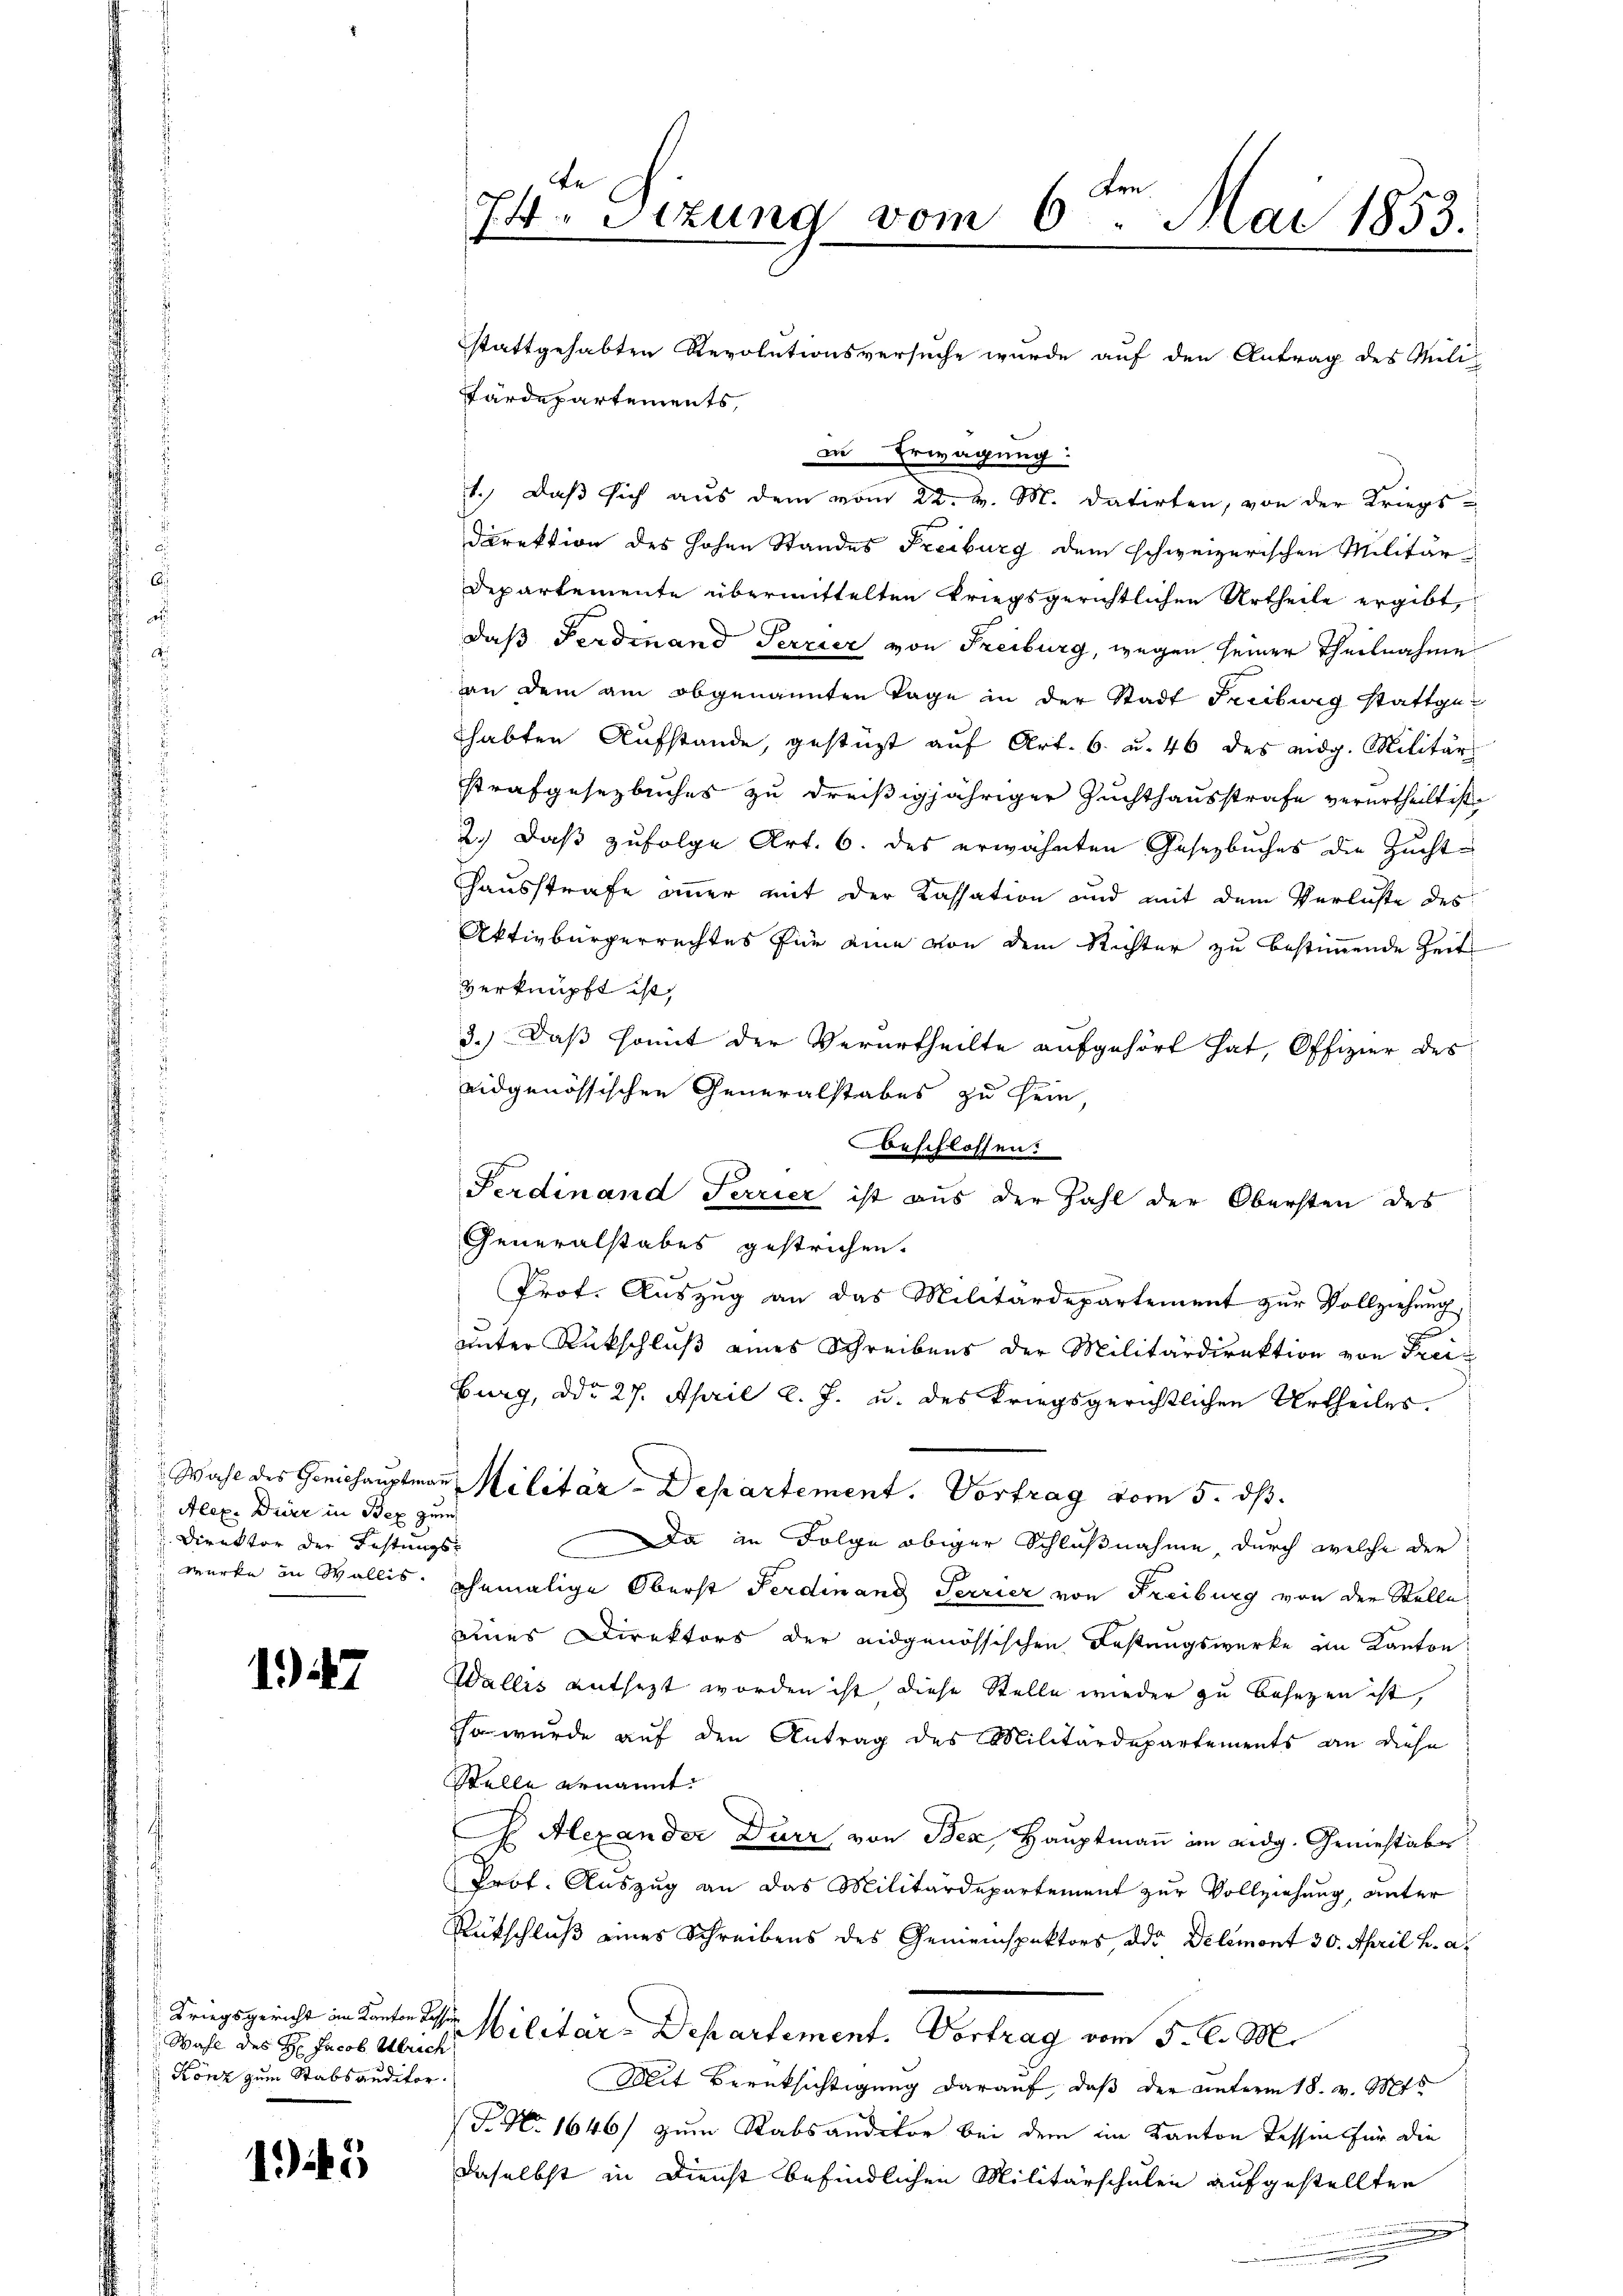
Alex. Dieer in Bex zum
Direktor der Festungs¬

147

Wahl des H: Jacob Ulrich
Könz zum Stabsauditor.

145

te
s
74. Sitzung vom 6. Mai 1853.

stattgehabten Revolutionsversuche wurde auf den Antrag des Mili-
Färdepartements,
in Erwägung:
1.) Daß sich aus dem vom 22. v. M. datirten, von der Kriegs¬
Direktion des hohen Standes Freiburg dem schweizerischen Militär
Departemente übermittelten kriegsgerichtlichen Urtheile ergibt,
daß Ferdinand Terrier von Freiburg, wegen seiner Theilnahme
an dem am obgenannten Tage in der Stadt Freiburg stattgehabten Aufstande, gestüzt auf Art. 6. u. 46 des eidg. Militär
strafgesetzbuches zu dreißigjähriger Zuchthausstrafe verurtheilt ist
2.) Daß zufolge Art. 6. des erwähnten Gesetzbuches die Zucht¬
Hausstrafe immer mit der Kassation und mit dem Verluste des
Aktivbürgerrechtes für eine von dem Richter zu bestimmende Zeit
verknüpft ist,
3.) Daß somit der Verurtheilte aufgehört hat, Offizier des
eidgenössischen Generalstabes zu sein,
beschlossen:
Ferdinand Terrier ist aus der Zahl der Obersten des
Generalstabes gestrichen.
Prof. Auszug an das Militärdepartement zur Vollziehung,
p
unter Rückschluß eines Schreibens der Militärdirektion von Freiburg, ddo 27. April l. J. u. des kriegsgerichtlichen Urtheiles.
Wahl des Gerichaŭptmaṅ Militär-Departement. Vortrag vom 5. dβ.
Da in Folge obiger Schlußnahme, durch welche der
werke in Wallis, ehemalige Oberst Ferdinand Terrier von Freiburg von der Stelle
eines Direktors der eidgenössischen Festungswerke im Kanton
Wallis entsezt worden ist, diese Stelle wieder zu besezen ist,
Er wurde auf den Antrag des Militärdepartements an diese
Stelle genannt.
 Alexander Dürr von Bex, Hauptmann im eidg. Geniestaber
Prof. Auszug an das Militärdepartement zur Vollziehung, unter
Rückschluß eines Schreibens des Gemeinspektors, oder Delemont 30. April h. a.
Kriegsgericht an Kanton Sohn Militar-Departement. Vortrag vom 5. d. M.
Mit Berüksichtigung darauf, daß der unterm 18. v. Mts
F. No 1646) zum Stabsauditor bei dem im Kanton Tessin für die
daselbst in Dienst befindlichen Militärschulen aufgestellten
.